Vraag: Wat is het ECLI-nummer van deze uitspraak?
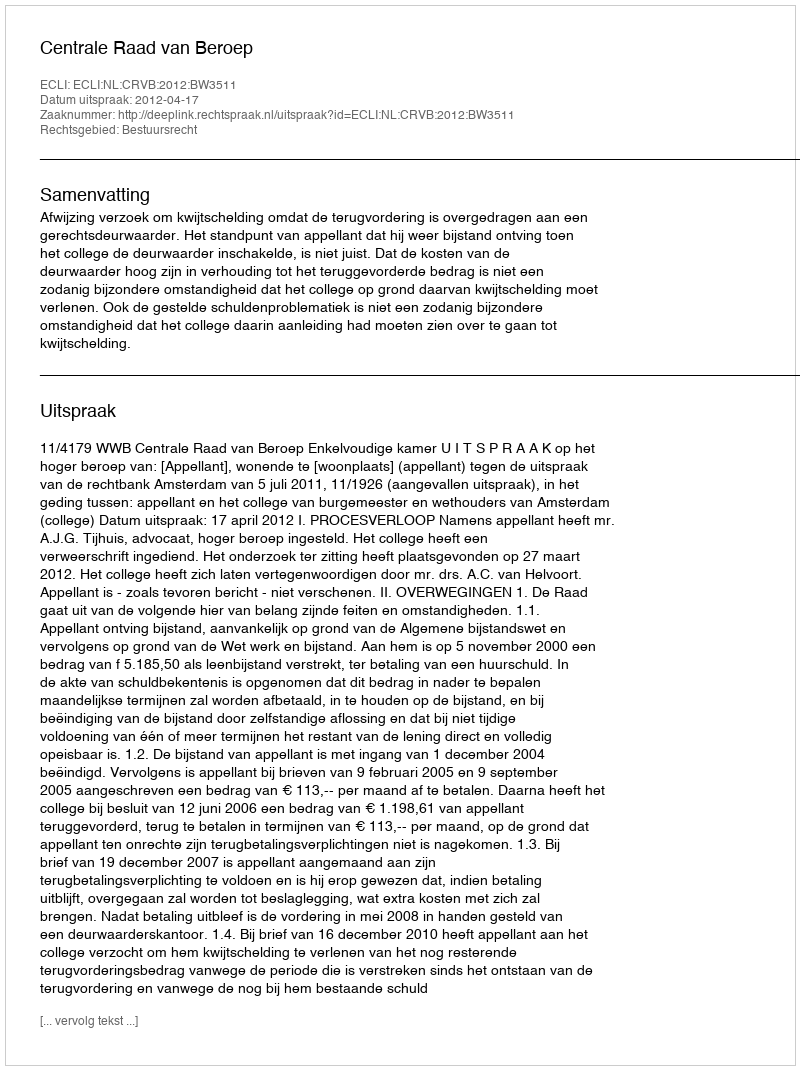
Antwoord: ECLI:NL:CRVB:2012:BW3511